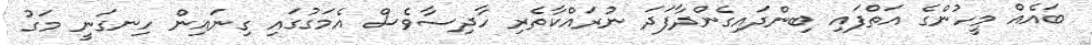
ބައެއް މީހުންގެ އަތްފައި ބިންދައިގެންދާފަދަ ނުރައްކާތެރި ހާދިސާވެސް އެމަގުގައި ގިނައިން ހިނގަނީ މަގު